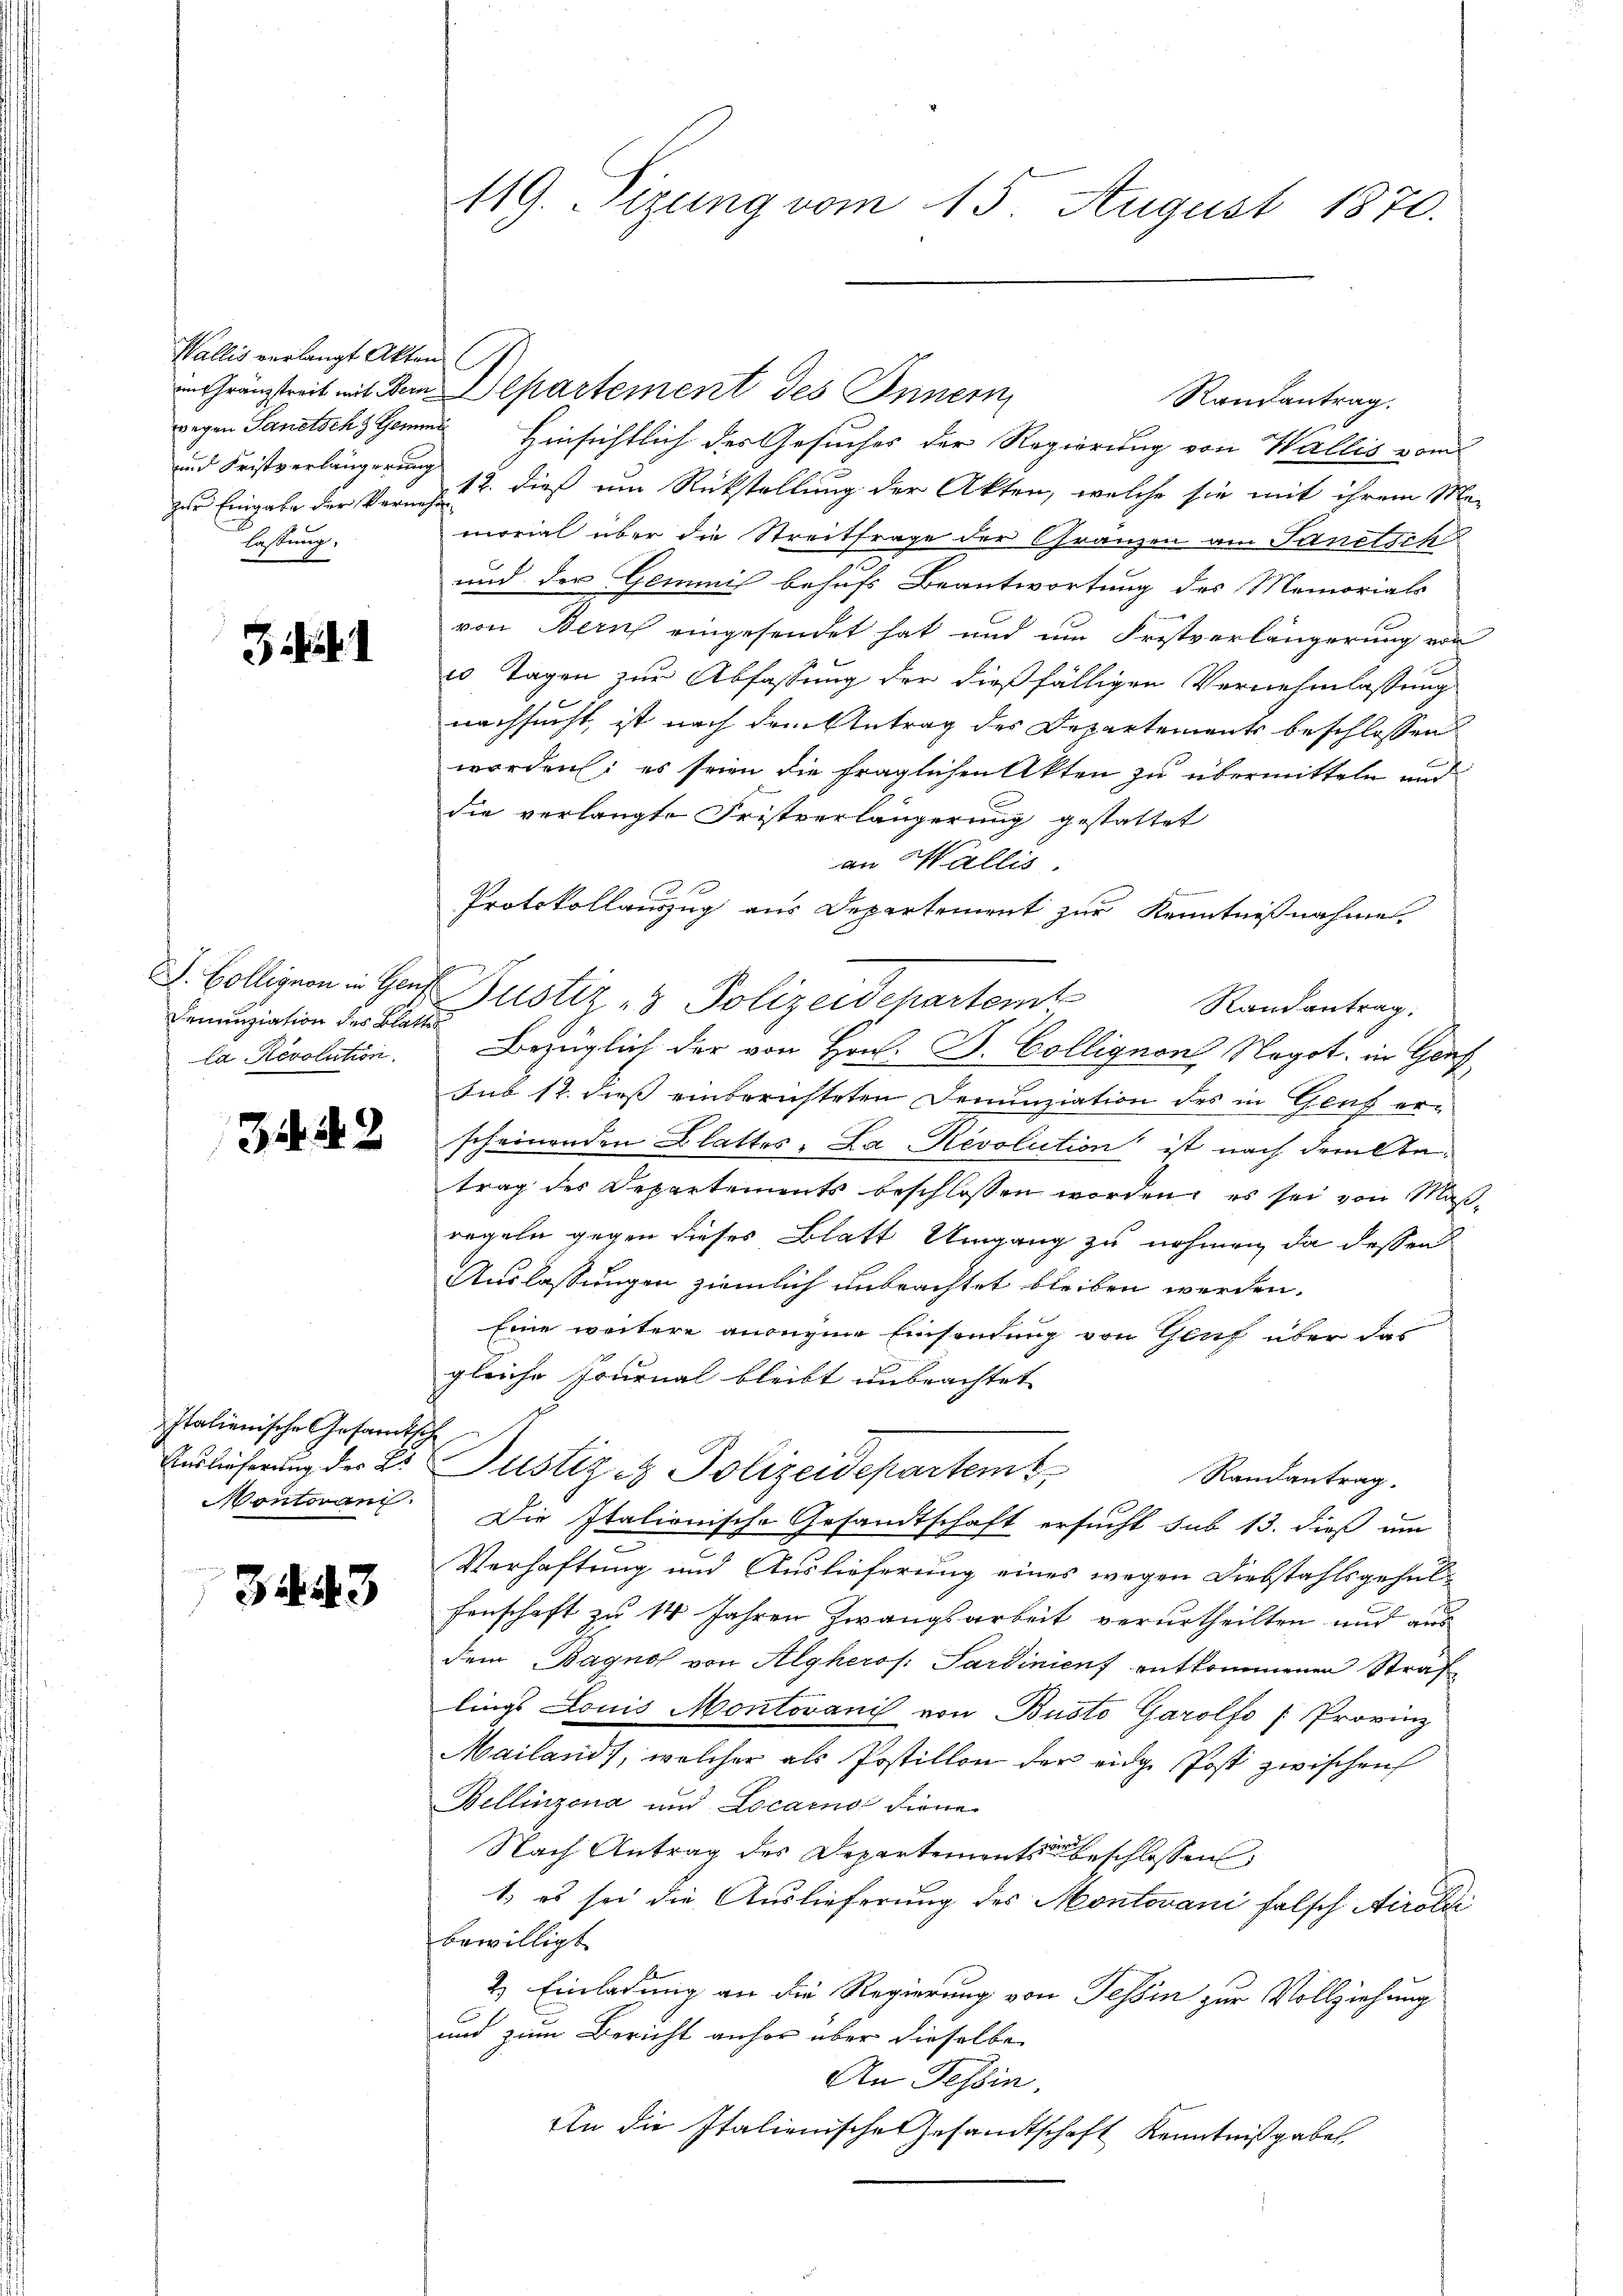
Wallis verlangt Akten (
und Fristverlängerung
lassung.

31

Denunziation des Blatte
la Revolution.

34

3

Italienische Gesandtsch
Auslieferung der K
ontoran

3443

119. Sizung vom 15. August 1870.

Gränztreit mit dem Departement des Innern
Ranfantrag.
wegen Sanitsche Gemme Hinsichtlich des Gesuches der Regierung von Wallis vom
zur Eingabe der Vermehrt u. dieß um Rückstellung der Akten, welche sie mit ihrem Ma-
morial über die Streitfrage der Gränzen am Sanitsch
und der Gemmnis behufs Beantwortung des Memorials
von Zürich eingesendet hat und um Fristverlängerung von
20 Tagen zur Abfassung der dießfälligen Vernehmlassung
nachsucht, ist nach dem Antrag des Departements beschlossen
worden; es seien die fraglichen Akten zu übermitteln und
die verlangte Fristverlängerung gestattet
an Wallis.
Protokollauszug aus Departement zur Kenntnißnahme
J. Bolligion in Haus Justiz- & Polizeidepartemt
Randantrag.
Bezüglich der von Hrn. B. Collignon Negot. in Genf
sub 12. dieß einberichteten Denunziation des in Graf er-
scheinenden Blattes, La-Revolution ist nach deraltatrag des Departements beschlossen worden, es sei von Maßregeln gegen dieses Blatt Umgang zu nehmen, da dessen
Auslassungen ziemlich unbrachtet bleiben werden.
Eine weitere anonyme Einsendung von Glich über das
gleiche Journal bleibt unbrachtet
Justiz & Polizeidepartem
Randantrag.
Die Italionische Gesandtschaft ersucht sub 13. dieß um
Verhaftung und Auslieferung eines wegen Diebstahlsgehalfenschaft zu 14 Jahren Zwangsarbeit verurtheilten und aus
dem Bagno von Algheros. Sardinienf entkommenen Straf
lings Louis Montovanić von Busto Garolfo (Provinz
Mailand), welcher als Postillon der eidge Post zwischen
Bellinzona und Locarno diene
Nach Antrag des Departements schlossen
1) es sei die Auslieferung des Montovani falsch Airole
bewilligt
2.) Einladung an die Regierung von Tessin zur Vollziehung
und zum Bericht anher über dieselbe
An Tessin,
An die Italienische Gesandtschaft Kenntnißgaben.